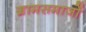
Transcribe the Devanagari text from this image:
ग्रामसमाजों